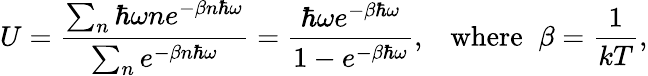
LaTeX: U={\frac{\sum_{n}\hbar\omega ne^{-\beta n\hbar\omega}}{\sum_{n}e^{-\beta n\hbar\omega}}}={\frac{\hbar\omega e^{-\beta\hbar\omega}}{1-e^{-\beta\hbar\omega}}},\; \; \; \mathrm{{where}}\; \; \beta={\frac{1}{kT}},